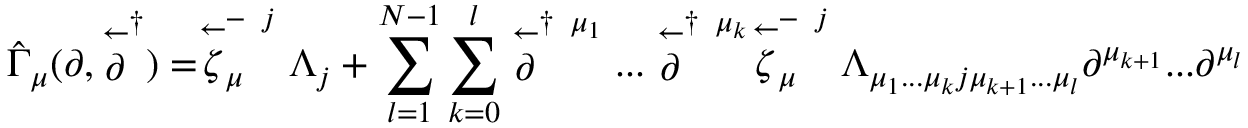
\hat { \Gamma } _ { \mu } ( \partial , \stackrel { \leftarrow } { \partial } ^ { \dagger } ) = \stackrel { \leftarrow } { \zeta } _ { \mu } ^ { - \; \; j } \Lambda _ { j } + \sum _ { l = 1 } ^ { N - 1 } \sum _ { k = 0 } ^ { l } \stackrel { \leftarrow } { \partial } ^ { \dagger \; \; \mu _ { 1 } } . . . \stackrel { \leftarrow } { \partial } ^ { \dagger \; \; \mu _ { k } } \stackrel { \leftarrow } { \zeta } _ { \mu } ^ { - \; \; j } \Lambda _ { \mu _ { 1 } . . . \mu _ { k } j \mu _ { k + 1 } . . . \mu _ { l } } \partial ^ { \mu _ { k + 1 } } . . . \partial ^ { \mu _ { l } }